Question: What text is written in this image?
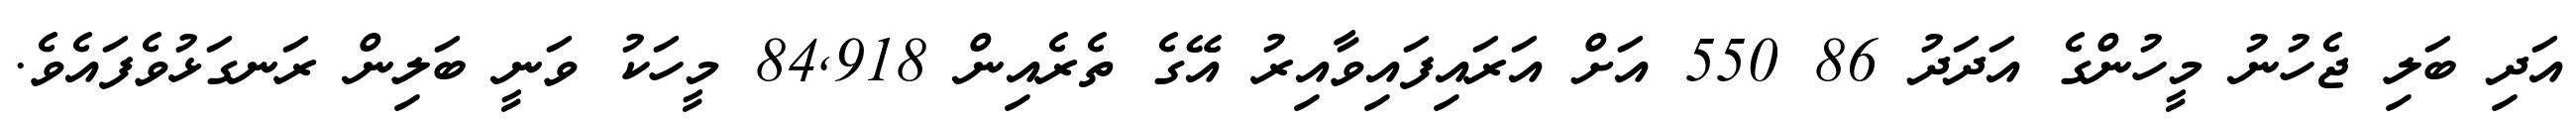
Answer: އަދި ބަލި ޖެހުނު މީހުންގެ އަދަދު 86 550 އަށް އަރައިފައިވާއިރު އޭގެ ތެރެއިން 84,918 މީހަކު ވަނީ ބަލިން ރަނގަޅުވެފައެވެ.